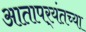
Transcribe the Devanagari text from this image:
आतापर्‍यंतच्या